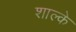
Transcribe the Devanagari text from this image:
शाल्के